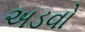
અડવો